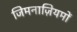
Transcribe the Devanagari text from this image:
जिमनाज़ियमों